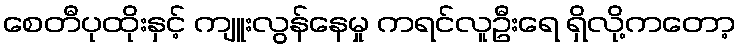
စေတီပုထိုးနှင့် ကျူးလွန်နေမှု ကရင်လူဦးရေ ရှိလို့ကတော့